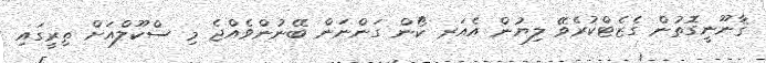
ޤާނޫނީގޮތުން ގެޒެޓްކުރެވޭ ލިޔުން އެއަރ ކޯން ގަންނަން ބޭނުންވެއްޖެ މި ސްކޫލްއަށް ތިރީގައި